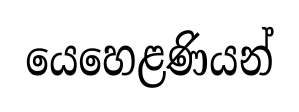
යෙහෙළණියන්